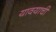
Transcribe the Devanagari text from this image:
यावयाची